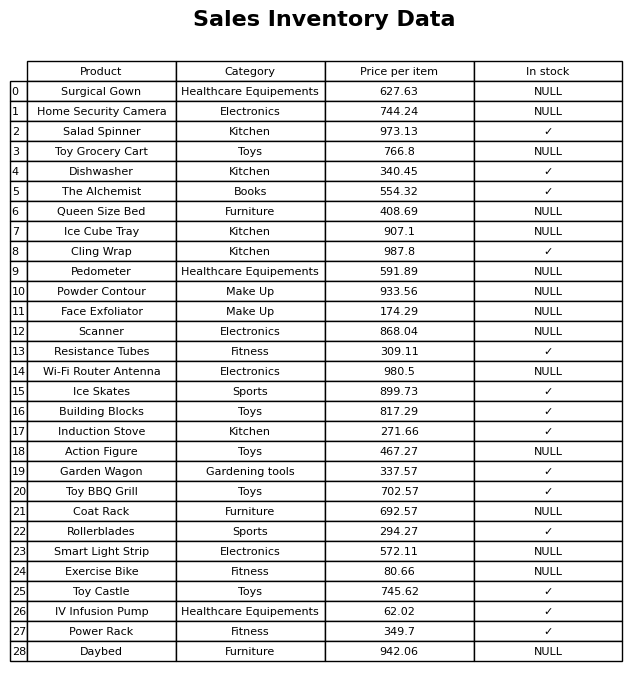
question: Is the Garden Wagon in stock?
answer: ✓